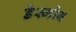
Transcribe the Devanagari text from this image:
डेस्मोन